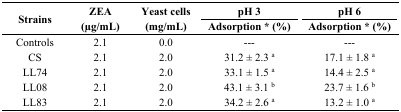
| <ROWSPAN=2> Strains | <ROWSPAN=2> ZEA (μg/mL) | <ROWSPAN=2> Yeast cells (mg/mL) | pH 3 | pH 6 |
 | Adsorption * (%) | Adsorption * (%) |
 | --- | --- | --- | --- | --- |
 | Controls | 2.1 | 0.0 | --- | --- |
 | CS | 2.1 | 2.0 | 31.2 ± 2.3 a | 17.1 ± 1.8 a |
 | LL74 | 2.1 | 2.0 | 33.1 ± 1.5 a | 14.4 ± 2.5 a |
 | LL08 | 2.1 | 2.0 | 43.1 ± 3.1 b | 23.7 ± 1.6 b |
 | LL83 | 2.1 | 2.0 | 34.2 ± 2.6 a | 13.2 ± 1.0 a |